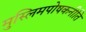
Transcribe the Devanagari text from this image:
मुस्लिमपोषकनीति